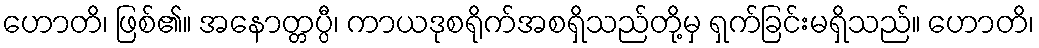
ဟောတိ၊ ဖြစ်၏။ အနောတ္တပ္ပီ၊ ကာယဒုစရိုက်အစရှိသည်တို့မှ ရှက်ခြင်းမရှိသည်။ ဟောတိ၊